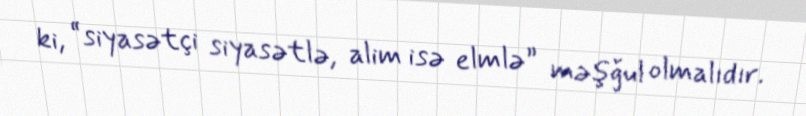
ki, “siyasətçi siyasətlə, alim isə elmlə” məşğul olmalıdır.